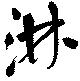
淋